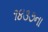
૧૪૩૭ના